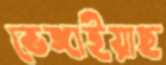
ভেঙ্গাইয়াছ